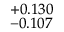
^ { + 0 . 1 3 0 } _ { - 0 . 1 0 7 }